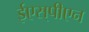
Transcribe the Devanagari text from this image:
ईएस्‌पीएन